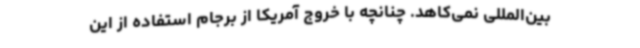
بین‌المللی نمی‌کاهد. چنانچه با خروج آمریکا از برجام استفاده از این